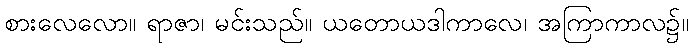
စားလေလော။ ရာဇာ၊ မင်းသည်။ ယတောယဒါကာလေ၊ အကြာကာလ၌။